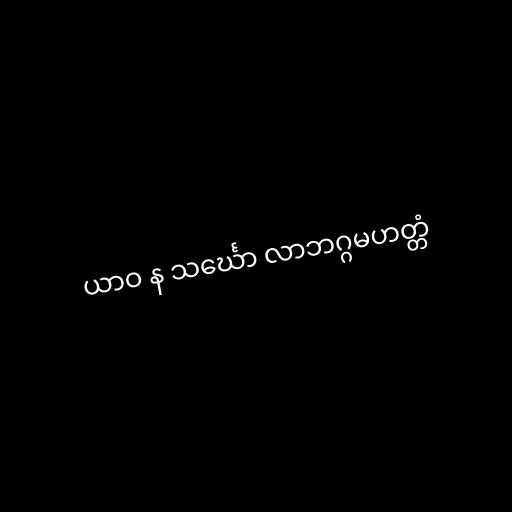
ယာဝ န သင်္ဃော လာဘဂ္ဂမဟတ္တံ